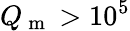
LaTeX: Q_{\mathrm{~m~}}>10^{5}